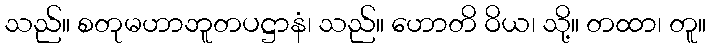
သည်။ စတုမဟာဘူတပဋ္ဌာနံ၊ သည်။ ဟောတိ ဝိယ၊ သို့။ တထာ၊ တူ။